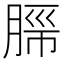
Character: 𬛂